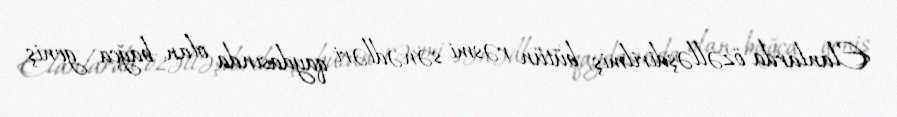
Elanlarda özəlləşdirilmiş, bütün rəsmi sənədləri qaydasında olan bağça geniş